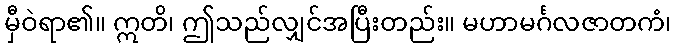
မှီဝဲရာ၏။ ဣတိ၊ ဤသည်လျှင်အပြီးတည်း။ မဟာမင်္ဂလဇာတကံ၊